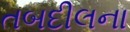
તબદીલના